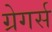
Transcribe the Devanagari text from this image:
ग्रेगर्स